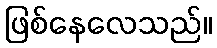
ဖြစ်နေလေသည်။